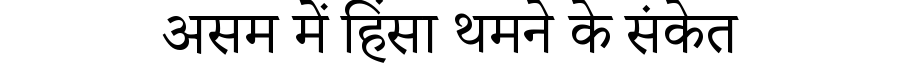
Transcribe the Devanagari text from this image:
असम में हिंसा थमने के संकेत